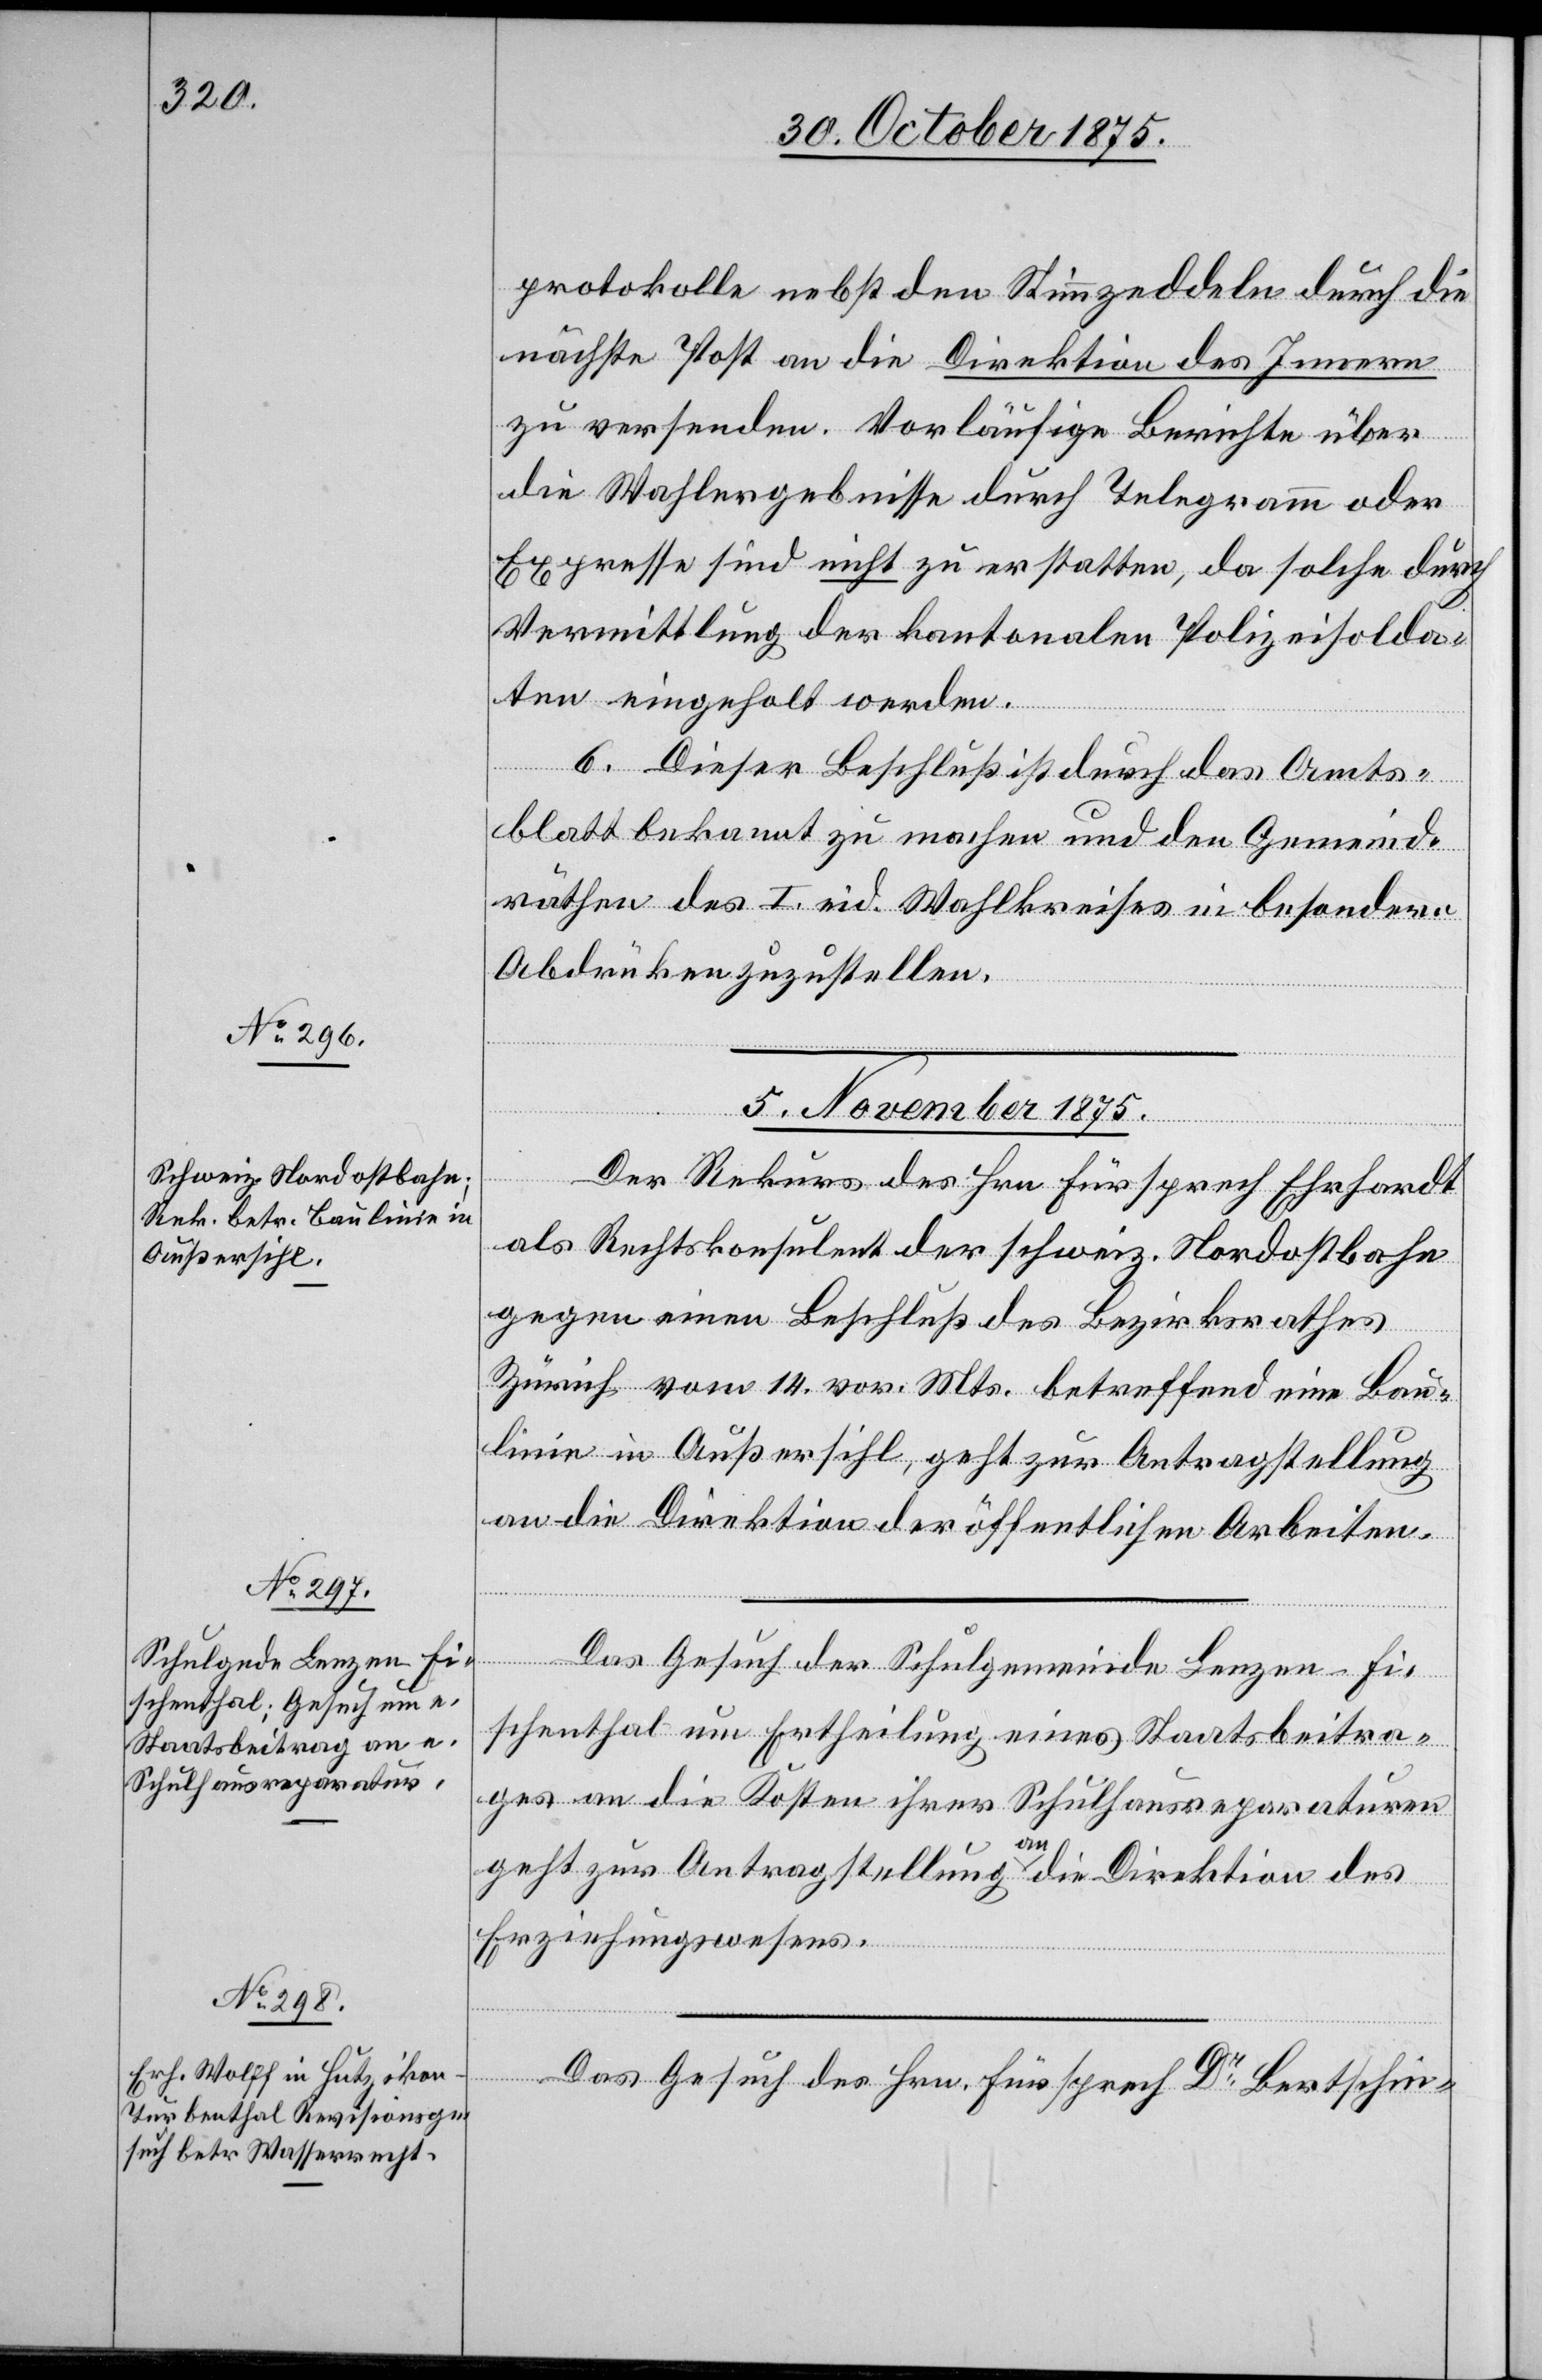
protokolle nebst den Stimmzeddeln durch die
nächste Post an die Direktion des Innern
zu versenden. Vorläufige Berichte über
die Wahlergebnisse durch Telegramm oder
Expresse sind nicht zu erstatten, da solche durch
Vermittlung der kantonalen Polizeisolda¬
ten eingeholt werden.
6. Dieser Beschluß ist durch das Amts¬
blatt bekannt zu machen und den Gemeind¬
räthen des I. eid. Wahlkreises in besondern
Abdrü[c]ken zuzustellen.
5. November 1875.]
Der Rekurs des Hrn. Fürsprech Ehrhardt
als Rechtskonsulent der schweiz. Nordostbahn
gegen einen Beschluß des Bezirksrathes
Zürich vom 14. vor. Mts. betreffend eine Bau¬
linie in Außersihl, geht zur Antragstellung
an die Direktion der öffentlichen Arbeiten.
Das Gesuch der Schulgemeinde Lenzen - Fi¬
schenthal um Ertheilung eines Staatsbeitra¬
ges an die Kosten ihrer Schulhausreparaturen
geht zur Antragstellung an die Direktion des
Erziehungswesens.
Das Gesuch des Hrn. Fürsprech Dr Bertschin-